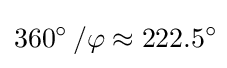
360^{\circ }~\!/\varphi \approx 222.5^{\circ }\!